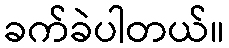
ခက်ခဲပါတယ်။